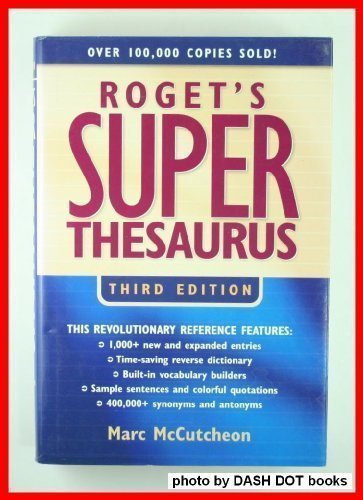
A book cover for Roget's Super Thesaurus; Marc McCutcheon; Reference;